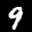
Label: 9